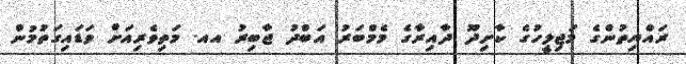
ރައްޔިތުންގެ މަޖިލީހުގެ ކާށިދޫ ދާއިރާގެ މެމްބަރު އަބްދު ޖާބިރު އއ. މަތިވެރިއަށް ވަޑައިގަތުމުން